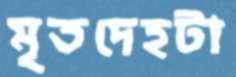
মৃতদেহটা